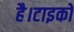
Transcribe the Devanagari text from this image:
है।टाइको